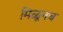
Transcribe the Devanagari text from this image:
मिळूनच